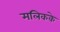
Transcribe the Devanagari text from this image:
मलिकके